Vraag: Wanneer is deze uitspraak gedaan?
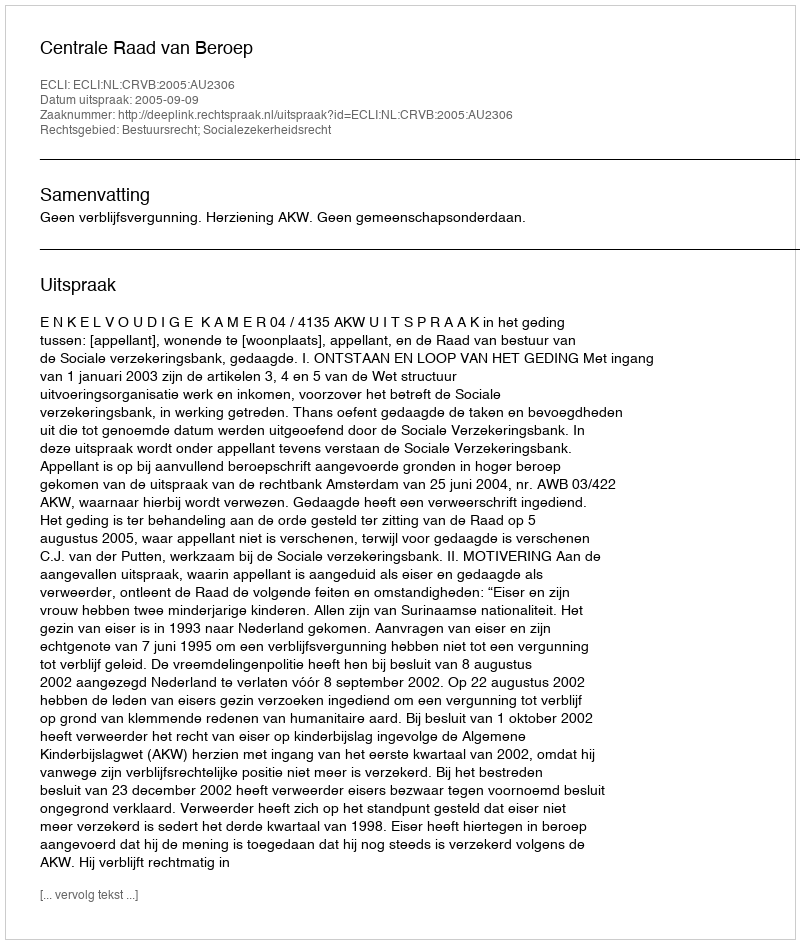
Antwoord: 2005-09-09